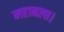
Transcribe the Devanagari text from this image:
महाबला।